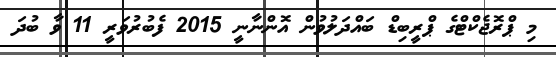
މި ޕްރޮޖެކްޓްގެ ޕްރީބިޑް ބައްދަލުވުން އޮންނާނީ 2015 ފެބުރުވަރީ 11 ވާ ބުދަ